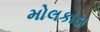
મોલકાડા